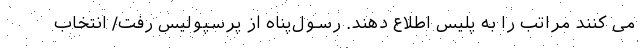
می کنند مراتب را به پلیس اطلاع دهند. رسول‌پناه از پرسپولیس رفت/ انتخاب